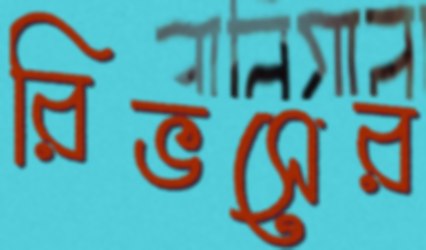
রিভসের